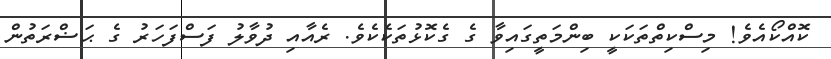
ކޮއްކޯއެވެ! މިސްކިތްތަކަކީ ބިންމަތީގައިވާ ގެ ގެކޮޅުތަކެކެވެ. ރެއާއި ދުވާލު ފަސްފަހަރު ގެ ޙަޟްރަތުން